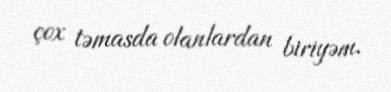
çox təmasda olanlardan biriyəm.